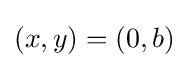
(x,y)=(0,b)